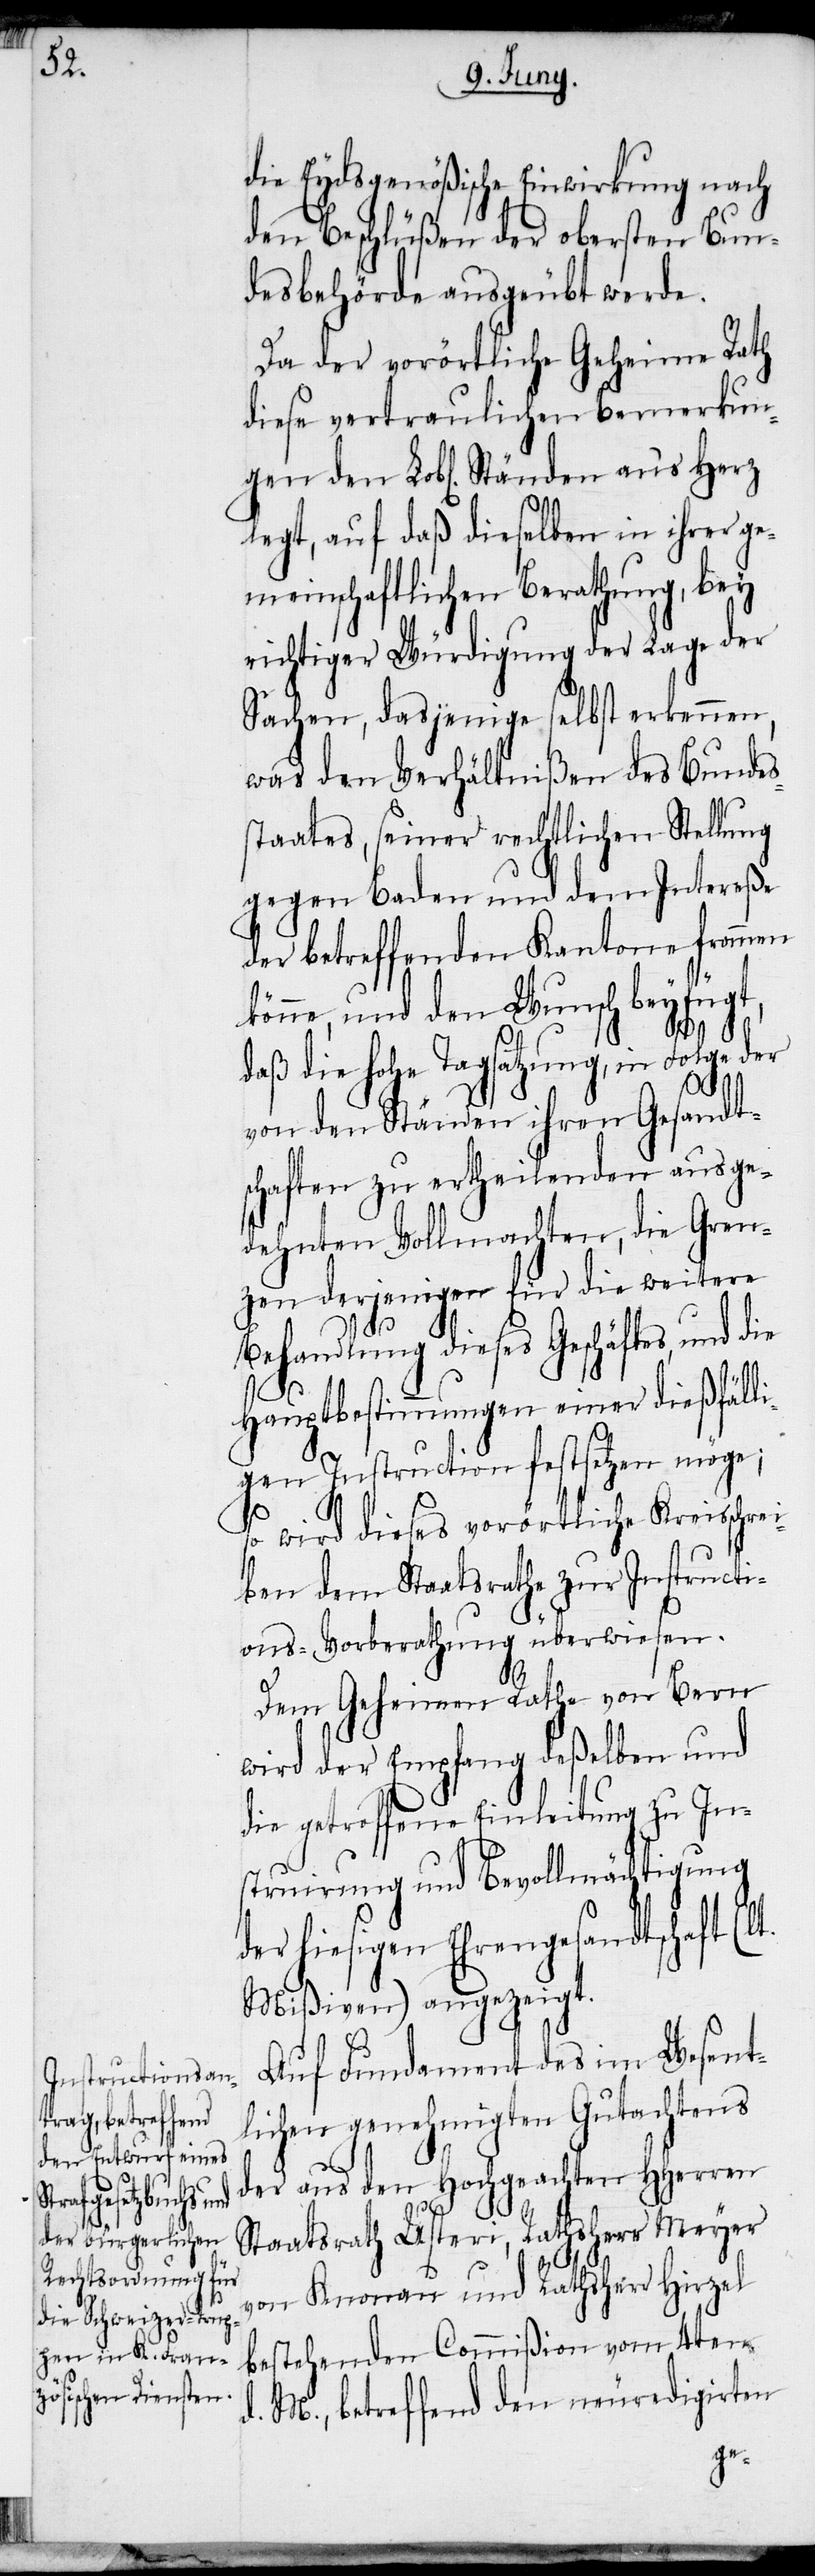
die Eydsgenößische Einwirkung nach
den Beschlüßen der obersten Bun¬
desbehörde ausgeübt werde.
Da der vorörtliche Geheime Rath
diese vertraulichen Bemerkun¬
legt, auf daß dieselben in ihrer ge¬
meinschaftlichen Berathung, bey
richtiger Würdigung der Lage der
Sachen, dasjenige selbst erkennen,
was den Verhältnißen des Bundes¬
staates, seiner rechtlichen Stellung
gegen Baden und dem Intereße
der betreffenden Kantone frommen
könne, und den Wunsch beyfügt,
daß die hohe Tagsatzung, in Folge der
von den Ständen ihren Gesandts¬
chaften zu ertheilenden ausge¬
dehnten Vollmachten, die Gren¬
zen derjenigen für die weitere
Behandlung dieses Geschäftes, und die
Hauptbestimmungen einer dießfäll¬
igen Instruction festsetzen möge;
so wird dieses vorörtliche Kreisschr¬
ben dem Staatsrathe zur Instructi¬
ons-Vorberathung überwiesen.
Dem Geheimen Rathe von Bern
wird der Empfang deßelben und
die getroffene Einleitung zu Ins¬
truirung und Bevollmächtigung
der hiesigen Ehrengesandtschaft (lt.
Mißiven) angezeigt.
Auf Fundament des im Wesent¬
lichen genehmigten Gutachtens
der aus den Hochgeachten HHerren
ei¬
Staatsrath Usteri, Rathsherr Meyer
von Knonau und Rathsherr Hirzel
bestehenden Commißion vom 4ten
d. M., betreffend den neuredigirten
gen